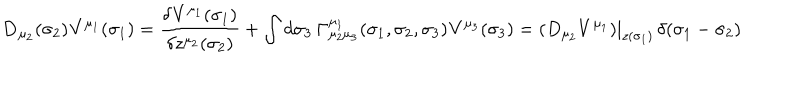
{ \bf D } _ { \mu _ { 2 } } ( \sigma _ { 2 } ) { \bf V } ^ { \mu _ { 1 } } ( \sigma _ { 1 } ) = { \frac { \delta { \bf V } ^ { \mu _ { 1 } } ( \sigma _ { 1 } ) } { \delta z ^ { \mu _ { 2 } } ( \sigma _ { 2 } ) } } + \int d \sigma _ { 3 } \, { \bf \Gamma } _ { \mu _ { 2 } \mu _ { 3 } } ^ { \mu _ { 1 } } ( \sigma _ { 1 } , \sigma _ { 2 } , \sigma _ { 3 } ) { \bf V } ^ { \mu _ { 3 } } ( \sigma _ { 3 } ) = ( D _ { \mu _ { 2 } } V ^ { \mu _ { 1 } } ) | _ { z ( \sigma _ { 1 } ) } \, \delta ( \sigma _ { 1 } - \sigma _ { 2 } )